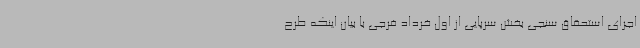
اجرای استحقاق سنجی بخش سرپایی از اول خرداد فرجی با بیان اینکه طرح